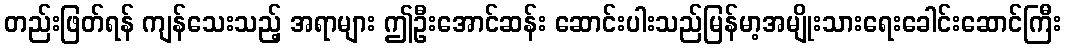
တည်းဖြတ်ရန် ကျန်သေးသည့် အရာများ ဤဦးအောင်ဆန်း ဆောင်းပါးသည်မြန်မာ့အမျိုးသားရေးခေါင်းဆောင်ကြီး